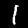
Label: 1